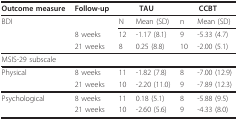
| Outcome measure | Follow-up | <COLSPAN=2> TAU | <COLSPAN=2> CCBT |
 | --- | --- | --- | --- | --- | --- |
 | BDI |  | N | Mean (SD) | n | Mean (SD) |
 |  | 8 weeks | 12 | -1.17 (8.1) | 9 | -5.33 (4.7) |
 |  | 21 weeks | 8 | 0.25 (8.8) | 10 | -2.00 (5.1) |
 | <COLSPAN=6> MSIS-29 subscale |
 | Physical | 8 weeks | 11 | -1.82 (7.8) | 8 | -7.00 (12.9) |
 |  | 21 weeks | 10 | -2.20 (11.0) | 9 | -7.89 (12.3) |
 | Psychological | 8 weeks | 11 | 0.18 (5.1) | 8 | -5.88 (9.5) |
 |  | 21 weeks | 10 | -2.60 (5.6) | 9 | -4.33 (8.0) |